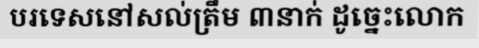
បរទេសនៅសល់ត្រឹម ៣នាក់ ដូច្នេះលោក